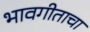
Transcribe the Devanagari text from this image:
भावगीताचा